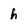
Character: h